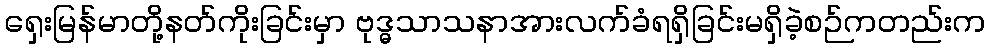
ရှေးမြန်မာတို့နတ်ကိုးခြင်းမှာ ဗုဒ္ဓသာသနာအားလက်ခံရရှိခြင်းမရှိခဲ့စဉ်ကတည်းက